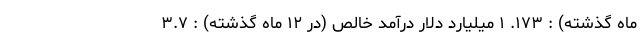
ماه گذشته) : ۱۷۳. ۱ میلیارد دلار درآمد خالص (در ۱۲ ماه گذشته) : ۳.۷